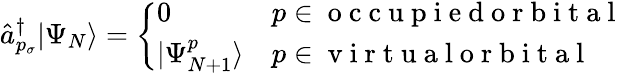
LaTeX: \hat{a}_{p_{\sigma}}^{\dagger}|\Psi_{N}\rangle=\left\{ \begin{array}{ll}{0}&{p\in\mathrm{~o~c~c~u~p~i~e~d~o~r~b~i~t~a~l~}}\\ {|\Psi_{N+1}^{p}\rangle}&{p\in\mathrm{~v~i~r~t~u~a~l~o~r~b~i~t~a~l~}}\end{array}\right.